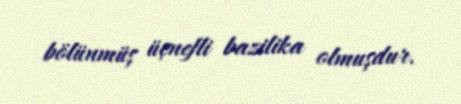
bölünmüş üçnefli bazilika olmuşdur.